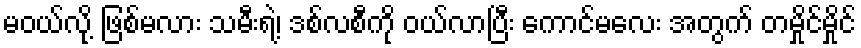
မဝယ်လို့ ဖြစ်မလား သမီးရဲ့၊ ဒစ်လစီကို ဝယ်လာပြီး ကောင်မလေး အတွက် တမှိုင်မှိုင်